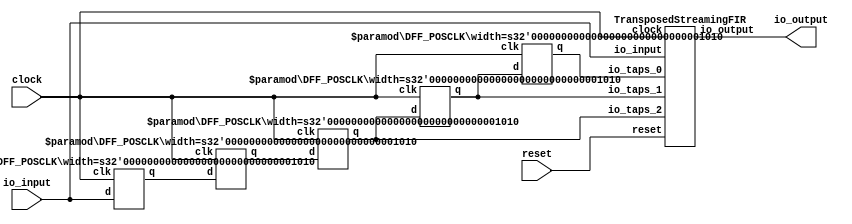
module StreamingAutocorrelator(
    input clock,
    input reset,
    input [9:0] io_input,
    output [19:0] io_output
);
    wire [9:0] _delays_1__q;
    wire [9:0] _delays_1__d;
    DFF_POSCLK #(.width(10)) delays_1 (
        .q(_delays_1__q),
        .d(_delays_1__d),
        .clk(clock)
    );
    wire [9:0] _delays_2__q;
    wire [9:0] _delays_2__d;
    DFF_POSCLK #(.width(10)) delays_2 (
        .q(_delays_2__q),
        .d(_delays_2__d),
        .clk(clock)
    );
    wire [9:0] _delays_3__q;
    wire [9:0] _delays_3__d;
    DFF_POSCLK #(.width(10)) delays_3 (
        .q(_delays_3__q),
        .d(_delays_3__d),
        .clk(clock)
    );
    wire [9:0] _delays_4__q;
    wire [9:0] _delays_4__d;
    DFF_POSCLK #(.width(10)) delays_4 (
        .q(_delays_4__q),
        .d(_delays_4__d),
        .clk(clock)
    );
    wire [9:0] _delays_5__q;
    wire [9:0] _delays_5__d;
    DFF_POSCLK #(.width(10)) delays_5 (
        .q(_delays_5__q),
        .d(_delays_5__d),
        .clk(clock)
    );
    wire _firFilter__clock;
    wire _firFilter__reset;
    wire [9:0] _firFilter__io_input;
    wire [19:0] _firFilter__io_output;
    wire [9:0] _firFilter__io_taps_0;
    wire [9:0] _firFilter__io_taps_1;
    wire [9:0] _firFilter__io_taps_2;
    TransposedStreamingFIR firFilter (
        .clock(_firFilter__clock),
        .reset(_firFilter__reset),
        .io_input(_firFilter__io_input),
        .io_output(_firFilter__io_output),
        .io_taps_0(_firFilter__io_taps_0),
        .io_taps_1(_firFilter__io_taps_1),
        .io_taps_2(_firFilter__io_taps_2)
    );
    assign _delays_1__d = io_input;
    assign _delays_2__d = _delays_1__q;
    assign _delays_3__d = _delays_2__q;
    assign _delays_4__d = _delays_3__q;
    assign _delays_5__d = _delays_4__q;
    assign _firFilter__clock = clock;
    assign _firFilter__io_input = io_input;
    assign _firFilter__io_taps_0 = _delays_5__q;
    assign _firFilter__io_taps_1 = _delays_4__q;
    assign _firFilter__io_taps_2 = _delays_3__q;
    assign _firFilter__reset = reset;
    assign io_output = _firFilter__io_output;
endmodule //StreamingAutocorrelator
module DFF_POSCLK(q, d, clk);
    parameter width = 4;
    output reg [width-1:0] q;
    input [width-1:0] d;
    input clk;
    always @(posedge clk) begin
        q <= d;
    end
endmodule // DFF_POSCLK
module TransposedStreamingFIR(
    input clock,
    input reset,
    input [9:0] io_input,
    output [19:0] io_output,
    input [9:0] io_taps_0,
    input [9:0] io_taps_1,
    input [9:0] io_taps_2
);
    wire [19:0] products_0;
    MUL2_SIGNED #(.width_a(10), .width_b(10)) s_mul2_1 (
        .y(products_0),
        .a(io_input),
        .b(io_taps_2)
    );
    wire [19:0] products_1;
    MUL2_SIGNED #(.width_a(10), .width_b(10)) s_mul2_2 (
        .y(products_1),
        .a(io_input),
        .b(io_taps_1)
    );
    wire [19:0] products_2;
    MUL2_SIGNED #(.width_a(10), .width_b(10)) s_mul2_3 (
        .y(products_2),
        .a(io_input),
        .b(io_taps_0)
    );
    wire [19:0] _last__q;
    wire [19:0] _last__d;
    DFF_POSCLK #(.width(20)) last (
        .q(_last__q),
        .d(_last__d),
        .clk(clock)
    );
    wire [19:0] __T_14__q;
    wire [19:0] __T_14__d;
    DFF_POSCLK #(.width(20)) _T_14 (
        .q(__T_14__q),
        .d(__T_14__d),
        .clk(clock)
    );
    wire [20:0] _T_15;
    ADD_SIGNED #(.width(20)) s_add_4 (
        .y(_T_15),
        .a(__T_14__q),
        .b(products_1)
    );
    wire [19:0] _T_16;
    TAIL #(.width(21), .n(1)) tail_5 (
        .y(_T_16),
        .in(_T_15)
    );
    wire [19:0] _T_17;
    ASSINT #(.width(20)) assint_6 (
        .y(_T_17),
        .in(_T_16)
    );
    wire [19:0] __T_19__q;
    wire [19:0] __T_19__d;
    DFF_POSCLK #(.width(20)) _T_19 (
        .q(__T_19__q),
        .d(__T_19__d),
        .clk(clock)
    );
    wire [20:0] _T_20;
    ADD_SIGNED #(.width(20)) s_add_7 (
        .y(_T_20),
        .a(__T_19__q),
        .b(products_2)
    );
    wire [19:0] _T_21;
    TAIL #(.width(21), .n(1)) tail_8 (
        .y(_T_21),
        .in(_T_20)
    );
    wire [19:0] _T_22;
    ASSINT #(.width(20)) assint_9 (
        .y(_T_22),
        .in(_T_21)
    );
    assign __T_14__d = products_0;
    assign __T_19__d = _T_17;
    assign io_output = _last__q;
    assign _last__d = _T_22;
endmodule //TransposedStreamingFIR
module MUL2_SIGNED(y, a, b);
    parameter width_a = 4;
    parameter width_b = 4;
    output [width_a+width_b-1:0] y;
    input [width_a-1:0] a;
    input [width_b-1:0] b;
    assign y = $signed(a) * $signed(b);
endmodule // MUL2_SIGNED
module ADD_SIGNED(y, a, b);
    parameter width = 4;
    output [width:0] y;
    input [width-1:0] a;
    input [width-1:0] b;
    assign y = $signed(a) + $signed(b);
endmodule // ADD_SIGNED
module TAIL(y, in);
    parameter width = 4;
    parameter n = 2;
    output [width-n-1:0] y;
    input [width-1:0] in;
    assign y = in[width-n-1:0];
endmodule // TAIL
module ASSINT(y, in);
    parameter width = 4;
    output [width-1:0] y;
    input [width-1:0] in;
    assign y = $signed(in);
endmodule // ASSINT